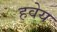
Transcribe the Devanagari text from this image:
हवेय